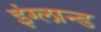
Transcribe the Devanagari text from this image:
इंग्लान्ड